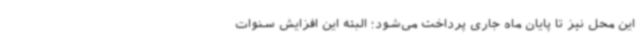
این محل نیز تا پایان ماه جاری پرداخت می‌شود؛ البته این افزایش‌ سنوات